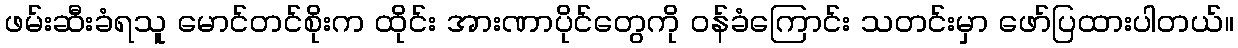
ဖမ်းဆီးခံရသူ မောင်တင်စိုးက ထိုင်း အားဏာပိုင်တွေကို ဝန်ခံကြောင်း သတင်းမှာ ဖော်ပြထားပါတယ်။